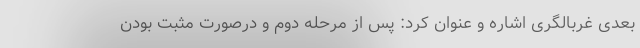
بعدی غربالگری اشاره و عنوان کرد: پس از مرحله دوم و درصورت مثبت بودن